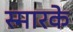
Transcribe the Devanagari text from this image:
स्‍मारके